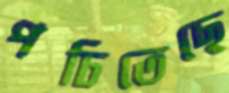
পচিতেছে